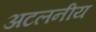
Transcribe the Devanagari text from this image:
अटलनीय